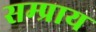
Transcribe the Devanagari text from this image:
सम्प्राय